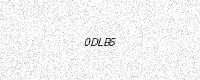
Text: 0DLB5